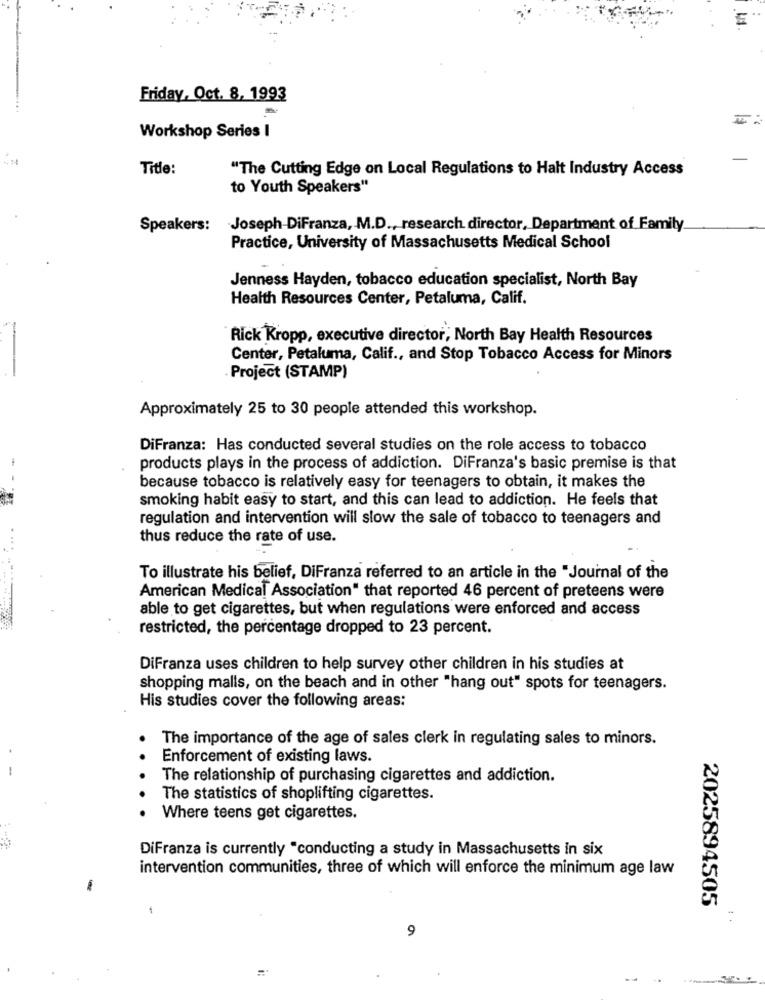
E
Friday, Oct. 8, 1993
Workshop Series I
Title:
"The Cutting Edge on Local Regulations to Halt Industry Access
to Youth Speakers"
Speakers:
Joseph-DiFranza, M.D ., research director, Department of Family
Practice, University of Massachusetts Medical School
Jenness Hayden, tobacco education specialist, North Bay
Health Resources Center, Petaluma, Calif.
Rick Kropp, executive director, North Bay Health Resources
Center, Petaluma, Calif ., and Stop Tobacco Access for Minors
Project (STAMP)
Approximately 25 to 30 people attended this workshop.
DiFranza: Has conducted several studies on the role access to tobacco
-
products plays in the process of addiction. DiFranza's basic premise is that
because tobacco is relatively easy for teenagers to obtain, it makes the
smoking habit easy to start, and this can lead to addiction. He feels that
regulation and intervention will slow the sale of tobacco to teenagers and
thus reduce the rate of use.
. ...
To illustrate his belief, DiFranza referred to an article in the "Journal of the
American Medical Association" that reported 46 percent of preteens were
able to get cigarettes, but when regulations were enforced and access
restricted, the percentage dropped to 23 percent.
DiFranza uses children to help survey other children in his studies at
shopping malls, on the beach and in other "hang out" spots for teenagers.
His studies cover the following areas:
The importance of the age of sales clerk in regulating sales to minors.
Enforcement of existing laws.
The relationship of purchasing cigarettes and addiction.
The statistics of shoplifting cigarettes.
Where teens get cigarettes.
DiFranza is currently "conducting a study in Massachusetts in six
intervention communities, three of which will enforce the minimum age law
2025894505
..
9
..